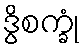
ဒွိစက္ခုံ